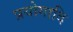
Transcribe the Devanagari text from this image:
प्रयोगादि